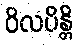
ဝိလပိန္တိ